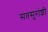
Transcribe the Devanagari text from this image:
सप्तसुरांशी